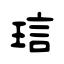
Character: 琂